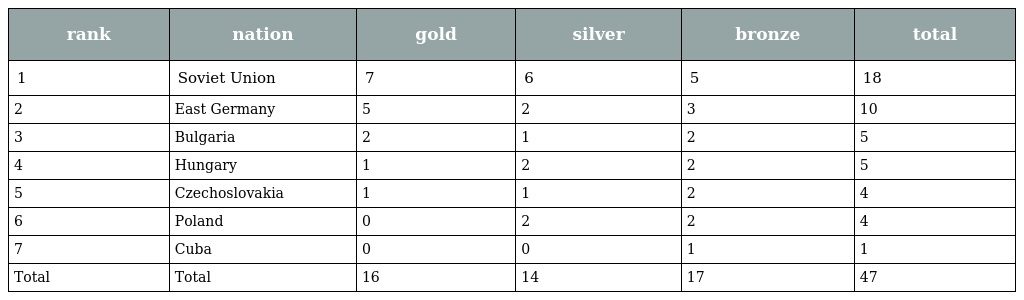
| rank | nation | gold | silver | bronze | total |
 | --- | --- | --- | --- | --- | --- |
 | 1 | Soviet Union | 7 | 6 | 5 | 18 |
 | 2 | East Germany | 5 | 2 | 3 | 10 |
 | 3 | Bulgaria | 2 | 1 | 2 | 5 |
 | 4 | Hungary | 1 | 2 | 2 | 5 |
 | 5 | Czechoslovakia | 1 | 1 | 2 | 4 |
 | 6 | Poland | 0 | 2 | 2 | 4 |
 | 7 | Cuba | 0 | 0 | 1 | 1 |
 | Total | Total | 16 | 14 | 17 | 47 |